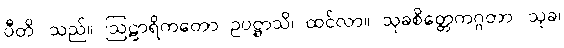
ပီတိ၊ သည်။ ဩဠာရိကတော ဥပဋ္ဌာသိ၊ ထင်လာ။ သုခစိတ္တေကဂ္ဂတာ၊ သုခ၊